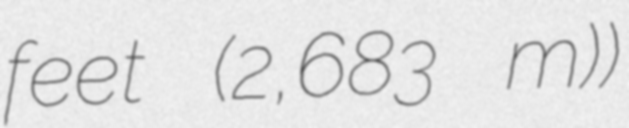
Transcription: feet (2,683 m))